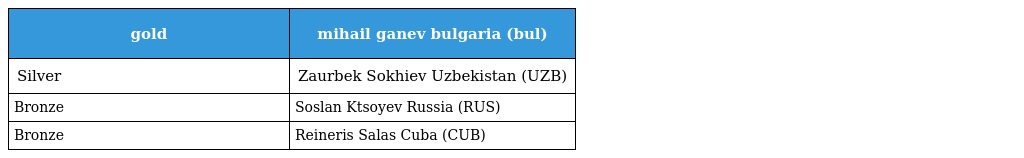
| gold | mihail ganev bulgaria (bul) |
 | --- | --- |
 | Silver | Zaurbek Sokhiev Uzbekistan (UZB) |
 | Bronze | Soslan Ktsoyev Russia (RUS) |
 | Bronze | Reineris Salas Cuba (CUB) |